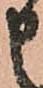
申